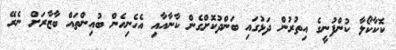
ކޮކާކޯލާ ކުންފުނީގެ އިތުރުން ދަޅުގައި ބަންދުކޮށްގެން ކާނާއާއި އެހެނިހެން ބުއިންތައް ބާޒާރަށް ނެރޭ